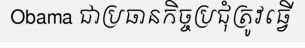
Obama ជាប្រធានកិច្ចប្រជុំត្រូវធ្វើ